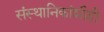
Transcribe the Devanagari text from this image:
संस्‍थानिकांशीही